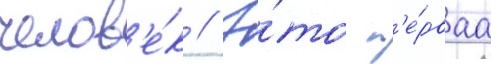
челов'е́к // Э́то п'е́рваа